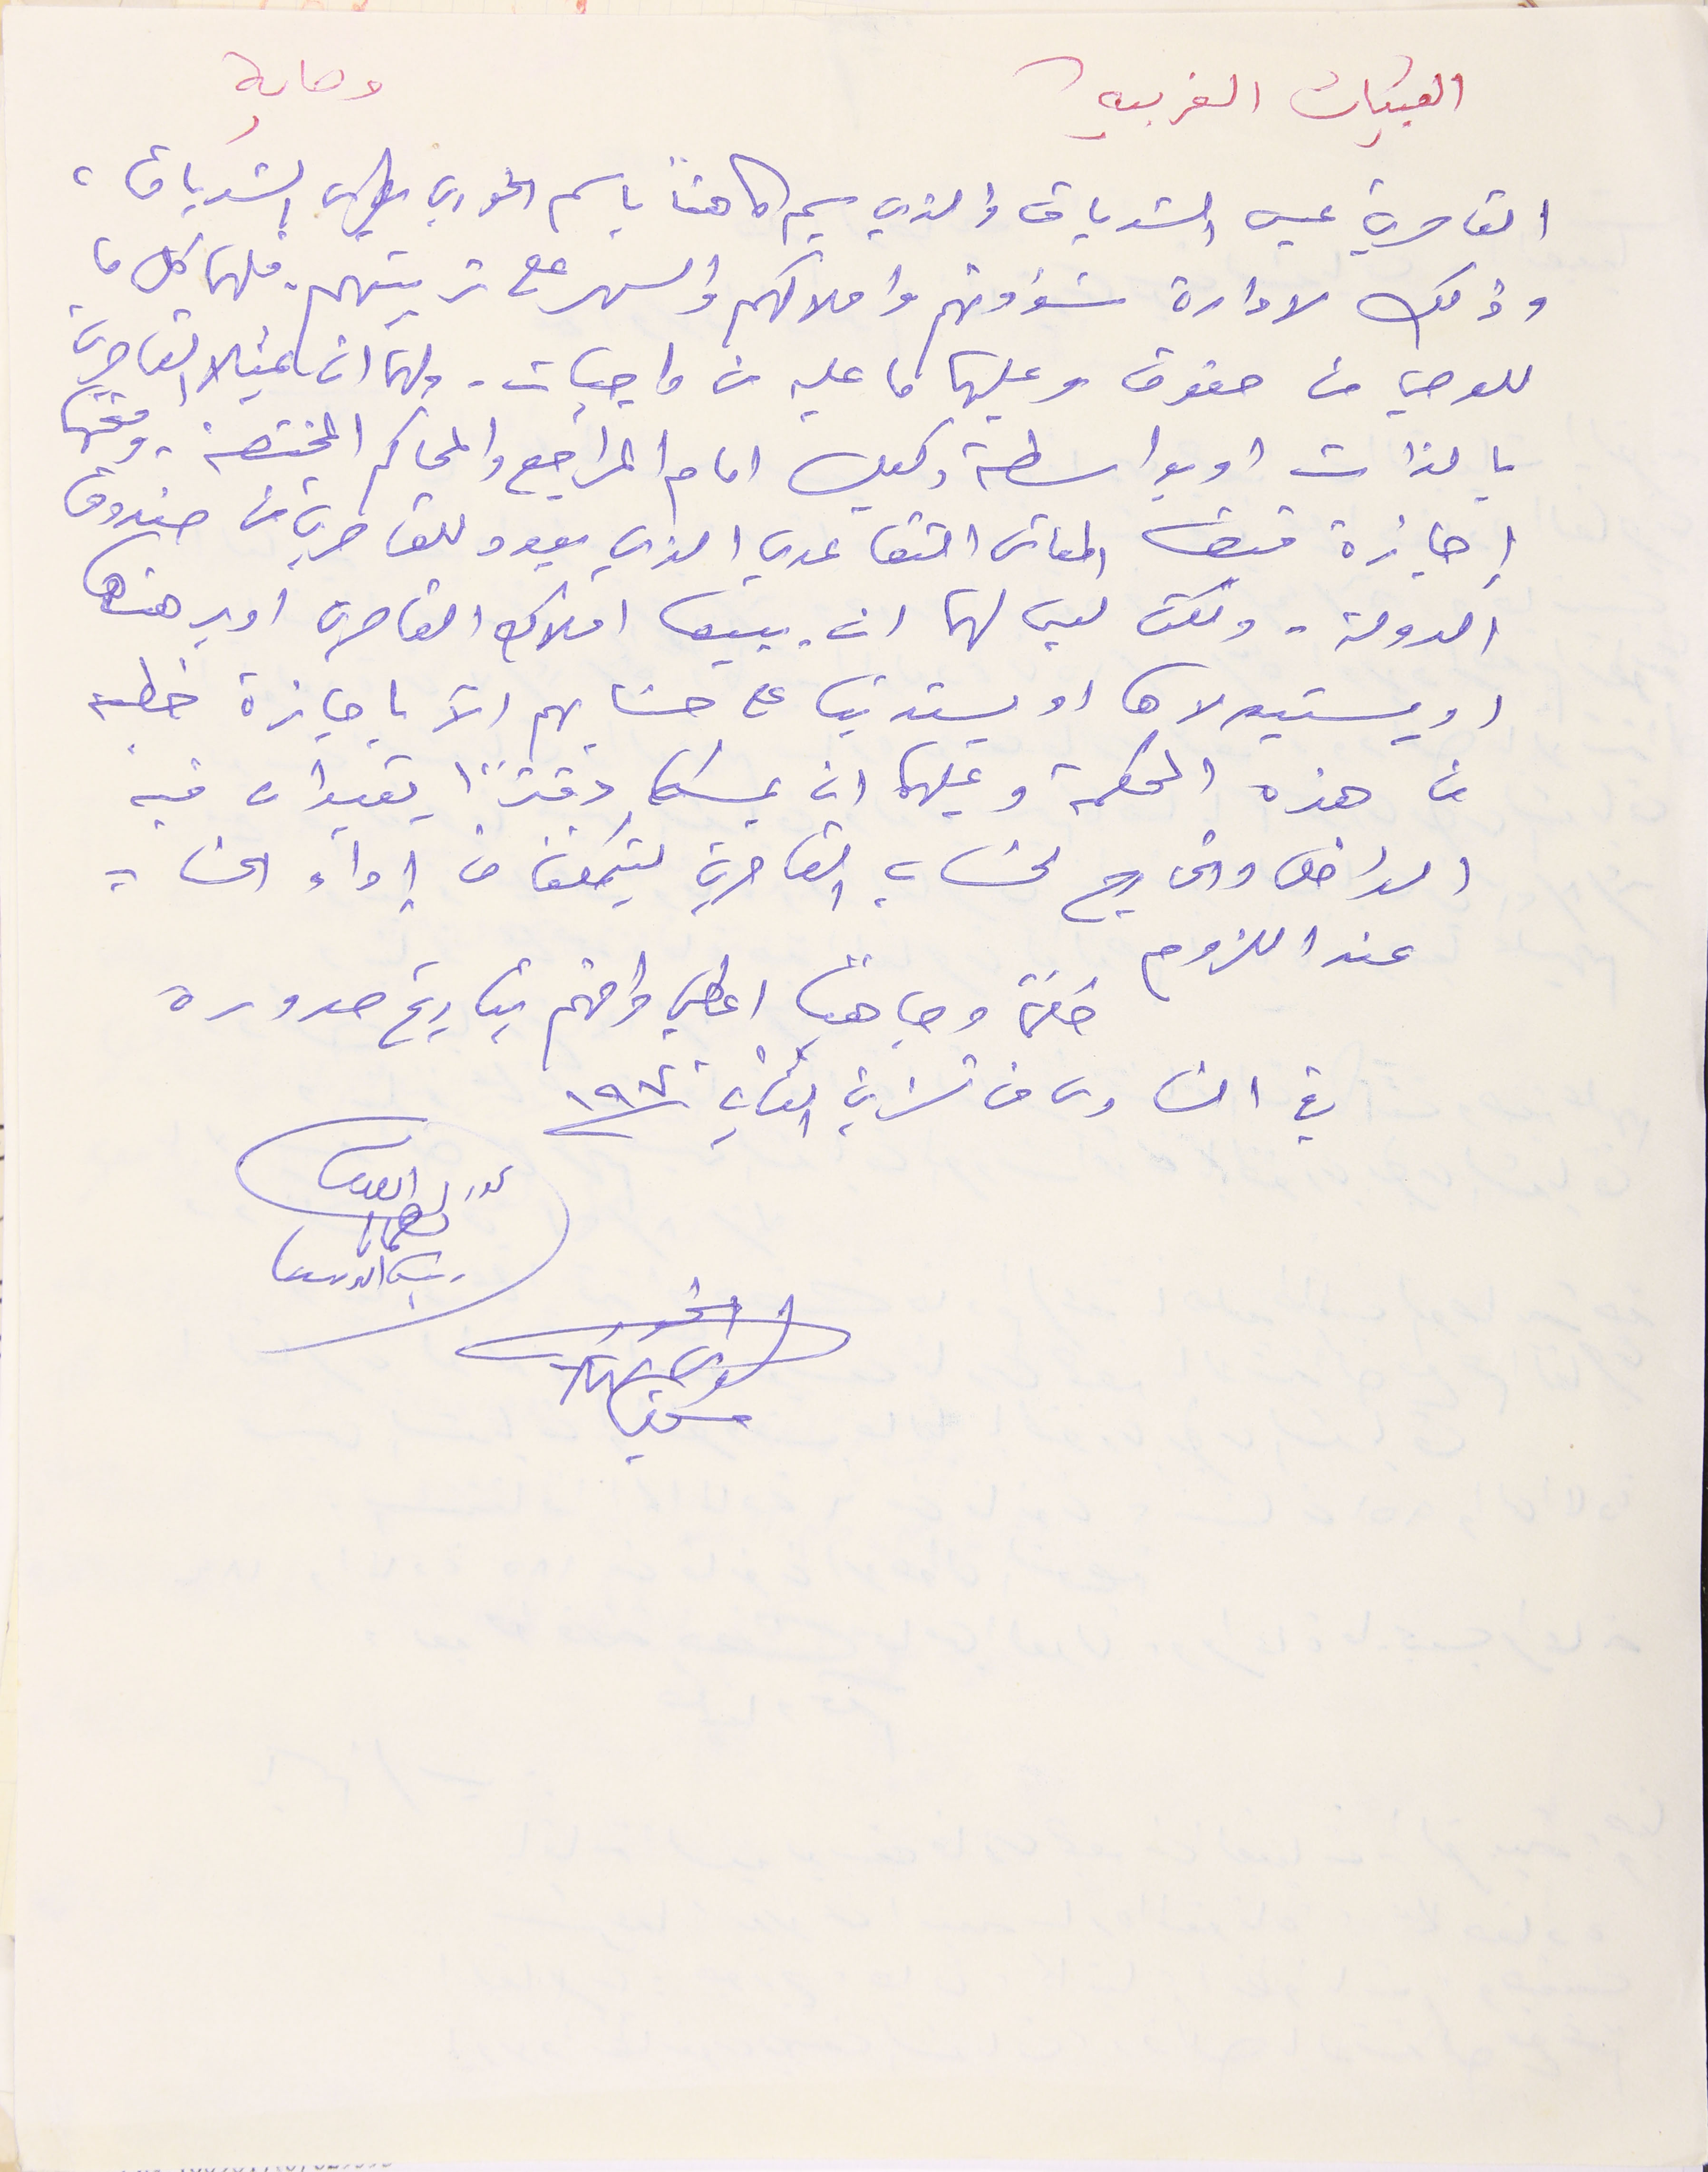
القبيات الغربيه وصاية
القاصرين عيسى الشدياق والذي سيم كاهناً باسم الخوري بطرس الشدياق،
وذلك لادارة شؤاونهم واملاكهم والسهر على تربيتهم فلهما كل ما
للوصي من حقوق وعليها ما عليه من واجبات. ولهما ان يمثلا القاصرين
 بالذات او بواسطة وكيل امام المراجع والمحاكم المختصة، ومنحهما
إجازة قبض المعاش التقاعدي الذي يعود للقاصرين من صندوق
الدولة، ولكن ليس لهما ان يبيعا املاك القاصرين اويرهنها
او يستيولاها او يستدينا على حسَابهم الآ باجازة خطية
من هذه المحكمة وعليهما ان يمسكا دفترًا يقيدان فيه

 الداخل والخارج لحسَاب القاصرين ليتمكنان من إدآء الحساب
حكماً وجاهيًا اعطي وافهم بتاريخ صدوره
في السادس من تشرين الثاني ١٩٧٠
عند اللزوم